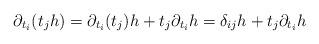
LaTeX: \begin{align*}\partial_{t_i}( t_j h ) = \partial_{t_i}( t_j ) h + t_j \partial_{t_i} h = \delta_{ij} h + t_j \partial_{t_i} h\end{align*}